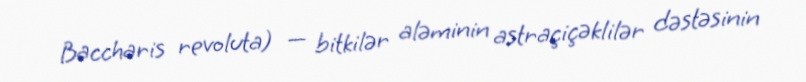
Baccharis revoluta) — bitkilər aləminin astraçiçəklilər dəstəsinin